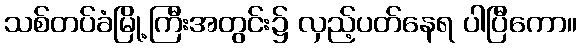
သစ်တပ်ခံမြို့ကြီးအတွင်း၌ လှည့်ပတ်နေရ ပါပြီကော။